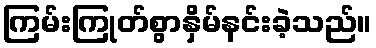
ကြမ်းကြုတ်စွာနှိမ်နင်းခဲ့သည်။